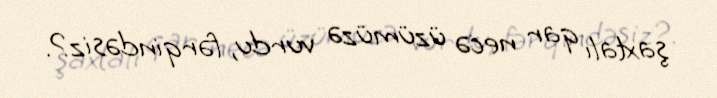
şaxtalı qar necə üzümüzə vurdu, fərqindəsiz?.